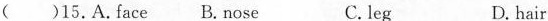
()15.A.Face B.Nose C. leg D.hair